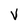
Character: v